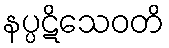
နပ္ပဋိသေဝတိ